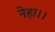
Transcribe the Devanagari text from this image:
नेहा।।